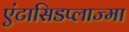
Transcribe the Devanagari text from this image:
एंटासिडप्लाज्मा